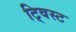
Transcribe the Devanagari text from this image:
टि्वस्ट